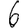
Digit: 6